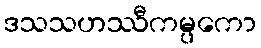
ဒသသဟဿီကမ္ပကော